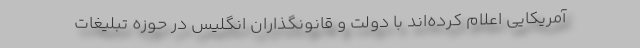
آمریکایی اعلام کرده‌اند با دولت و قانونگذاران انگلیس در حوزه تبلیغات